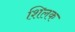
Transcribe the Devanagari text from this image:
शिलक